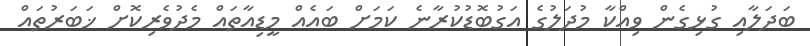
ބަދަލާއި ގުޅިގެން ވިއްކާ މުދަލުގެ އަގުބޮޑުކުރާނެ ކަމަށް ބައެއް މީޑިއާތައް މެދުވެރިކޮށް ޚަބަރުތައް